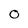
Character: 0